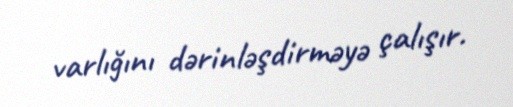
varlığını dərinləşdirməyə çalışır.